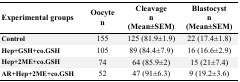
| Experimental groups | Oocyte n | Cleavage n (Mean±SEM) | Blastocyst n (Mean±SEM) |
 | --- | --- | --- | --- |
 | Control | 155 | 125 (81.9±1.9) | 22 (17.4±1.8) |
 | Hep+GSH+co.GSH | 105 | 89 (84.4±7.9) | 16 (16.6±2.9) |
 | Hep+2ME+co.GSH | 74 | 64 (85.9±2) | 15 (21±7.4) |
 | AR+Hep+2ME+co.GSH | 52 | 47 (91±6.3) | 9 (19.2±3.6) |